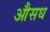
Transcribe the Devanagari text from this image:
औसध